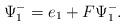
LaTeX: \begin{align*}\Psi^-_1=e_1+F \Psi^-_1.\end{align*}